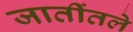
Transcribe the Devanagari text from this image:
जातींतले